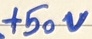
Text: +50V